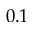
0 . 1